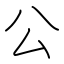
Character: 公